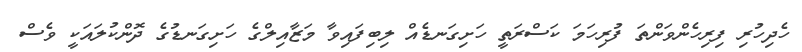
ހެދިހުރި ފިރިހެންވަންތަ ފުރިހަމަ ކަސްރަތީ ހަށިގަނޑެއް ލިބިފައިވާ މަޒާއިލްގެ ހަށިގަނޑުގެ ދޮންކުލައަކީ ވެސް